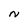
Character: N